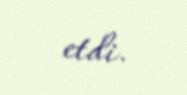
etdi.